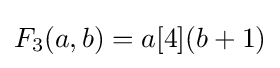
F_{3}(a,b)=a[4](b+1)